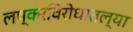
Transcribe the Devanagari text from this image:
लष्करविरोधातल्या